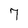
Character: 7